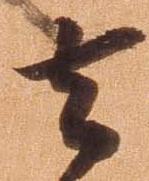
去